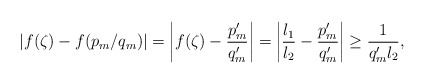
\begin{align*}\left\vert f(\zeta)-f(p_{m}/q_{m})\right\vert=\left\vert f(\zeta)-\frac{p_{m}^{\prime}}{q_{m}^{\prime}}\right\vert= \left\vert \frac{l_{1}}{l_{2}}-\frac{p_{m}^{\prime}}{q_{m}^{\prime}}\right\vert \geq \frac{1}{q_{m}^{\prime}l_{2}},\end{align*}